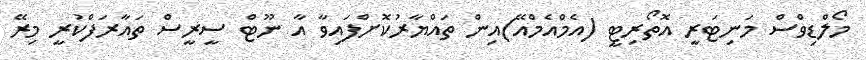
މޯލްޑިވްސް މަނިޓަރީ އޮތޯރިޓީ (އެމްއެމްއޭ)އިން ތައްޔާރުކޮށްފައިވާ އާ ނޫޓް ސީރީސް ތައާރަފްކުރީ މިރޭ